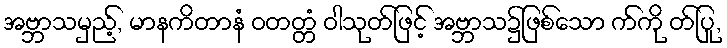
အဗ္ဘာသမှည့်, မာနကိတာနံ ဝတတ္တံ ဝါသုတ်ဖြင့် အဗ္ဘာသ၌ဖြစ်သော က်ကို တ်ပြု,